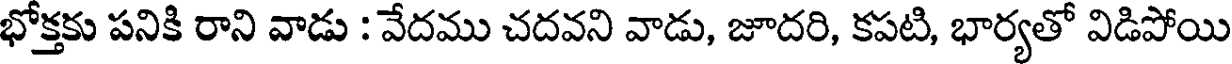
భోక్తకు పనికి రాని వాడు : వేదము చదవని వాడు, జూదరి, కపటి, భార్యతో విడిపోయి